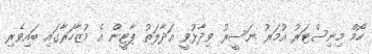
ހޯމް މިނިސްޓަރު އުމަރު ނަސީރު ވިދާޅުވީ އަދާލަތު ޕާޓީން އެ މުޒާހަރާގައި ބައިވެރި